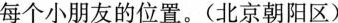
每个小朋友的位置。(北京朝阳区)